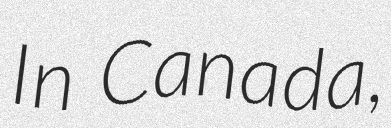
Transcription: In Canada,